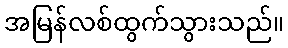
အမြန်လစ်ထွက်သွားသည်။